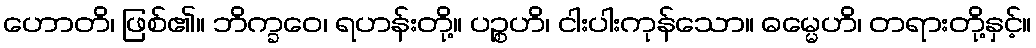
ဟောတိ၊ ဖြစ်၏။ ဘိက္ခဝေ၊ ရဟန်းတို့။ ပဉ္စဟိ၊ ငါးပါးကုန်သော။ ဓမ္မေဟိ၊ တရားတို့နှင့်။